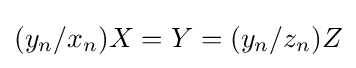
(y_{n}/x_{n})X=Y=(y_{n}/z_{n})Z